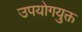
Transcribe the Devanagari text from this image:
उपयोगयुक्त